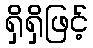
ရှိရှိဖြင့်